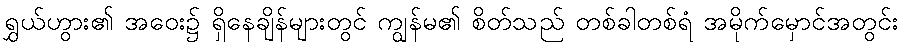
ရွှယ်ဟွား၏ အဝေး၌ ရှိနေချိန်များတွင် ကျွန်မ၏ စိတ်သည် တစ်ခါတစ်ရံ အမိုက်မှောင်အတွင်း